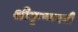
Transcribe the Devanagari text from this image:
श्रीकृष्णपत्नी